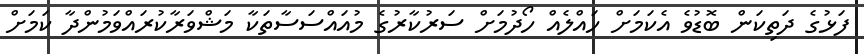
ފަޅުގެ ދަތިކަން ބޮޑުވެ އެކަމަށް ހައްލެއް ހޯދުމަށް ސަރުކާރުގެ މުއައްސަސާތަކާ މަޝްވަރާކުރައްވަމުންދާ ކަމަށް